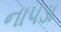
નાપડા